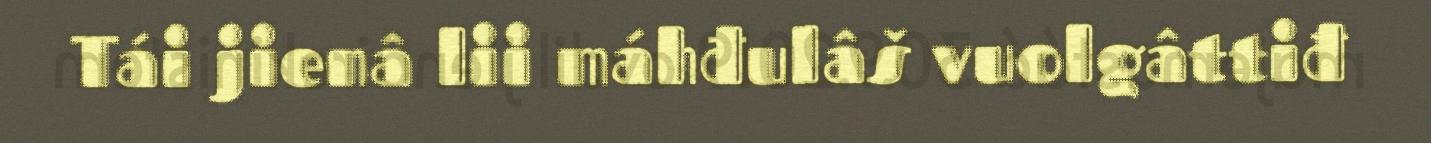
Tái jienâ lii máhđulâš vuolgâttiđ